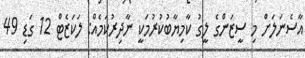
އާސެނަލަށް މި ސީޒަންގެ ލީގު ކާމިޔާބުކުރުމަކީ ނާދިރުކަމެއް: ލަކަޒެޓް 12 ގަޑި 49